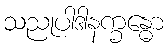
သညုပါဒါနက္ခန္ဓော